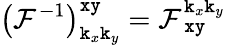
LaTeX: \left(\mathcal{F}^{-1}\right)_{\texttt{k}_{x}\texttt{k}_{y}}^{\texttt{xy}}=\mathcal{F}_{\, \texttt{xy}}^{\texttt{k}_{x}\texttt{k}_{y}}